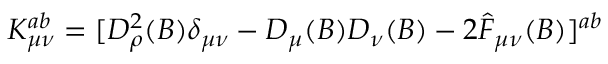
K _ { \mu \nu } ^ { a b } = [ D _ { \rho } ^ { 2 } ( B ) \delta _ { \mu \nu } - D _ { \mu } ( B ) D _ { \nu } ( B ) - 2 \hat { F } _ { \mu \nu } ( B ) ] ^ { a b }